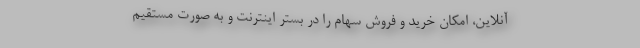
آنلاین، امکان خرید و فروش سهام را در بستر اینترنت و به صورت مستقیم